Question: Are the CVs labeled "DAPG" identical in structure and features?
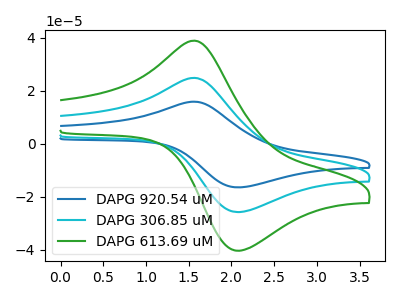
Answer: <think>The blue curve "DAPG 920.54 uM" has an anodic peak at (1.55V, 49.70uA) and a cathodic peak at (2.10V, -51.65uA). The cyan curve "DAPG 306.85 uM" has an anodic peak at (1.55V, 24.85uA) and a cathodic peak at (2.10V, -25.80uA). The green curve "DAPG 613.69 uM" has an anodic peak at (1.55V, 38.90uA) and a cathodic peak at (2.10V, -40.45uA).
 All the peaks in "DAPG 920.54 uM" have a peak in "DAPG 306.85 uM" at the same potential. Every peak in "DAPG 920.54 uM" is higher than every peak in "DAPG 306.85 uM". All the peaks in "DAPG 920.54 uM" have a peak in "DAPG 613.69 uM" at the same potential. Every peak in "DAPG 920.54 uM" is higher than every peak in "DAPG 613.69 uM". All the peaks in "DAPG 306.85 uM" have a peak in "DAPG 613.69 uM" at the same potential. Every peak in "DAPG 306.85 uM" is lower than every peak in "DAPG 613.69 uM".</think>
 <answer>All the CV's of "DAPG" have similar shape.</answer>
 <eval>follow_rule</eval>